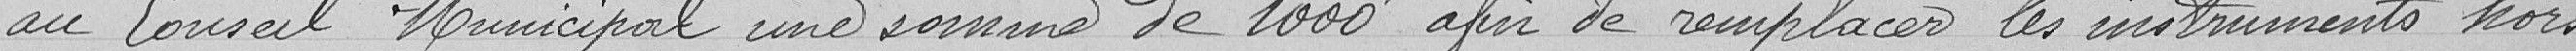
au Conseil Municipal une somme de 1000f afin de remplacer les instruments hors